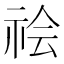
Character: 𰧻